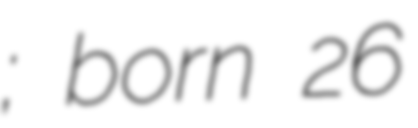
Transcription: Мирић; born 26